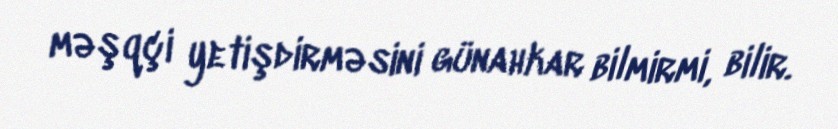
məşqçi yetişdirməsini günahkar bilmirmi, bilir.